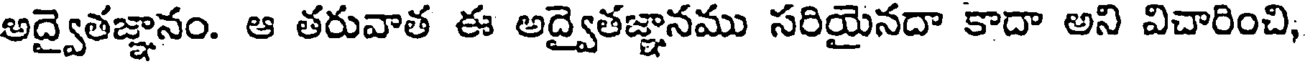
అద్వైతజ్ఞానం. ఆ తరువాత ఈ అద్వైతజ్ఞానము సరియైనదా కాదా అని విచారించి,